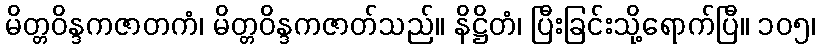
မိတ္တဝိန္ဒကဇာတကံ၊ မိတ္တဝိန္ဒကဇာတ်သည်။ နိဋ္ဌိတံ၊ ပြီးခြင်းသို့ရောက်ပြီ။ ၁၀၅၊